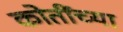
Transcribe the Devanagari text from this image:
कोतींच्या